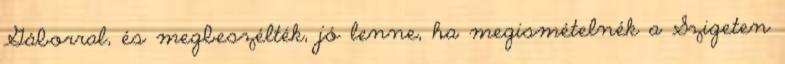
Gáborral, és megbeszélték, jó lenne, ha megismételnék a Szigeten